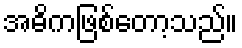
အဓိကဖြစ်တော့သည်။